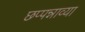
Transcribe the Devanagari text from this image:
छप्पन्नाव्या